Report on vaccination North-West Frontier Province 1904-1922 - 1904-1922
Year: 1904
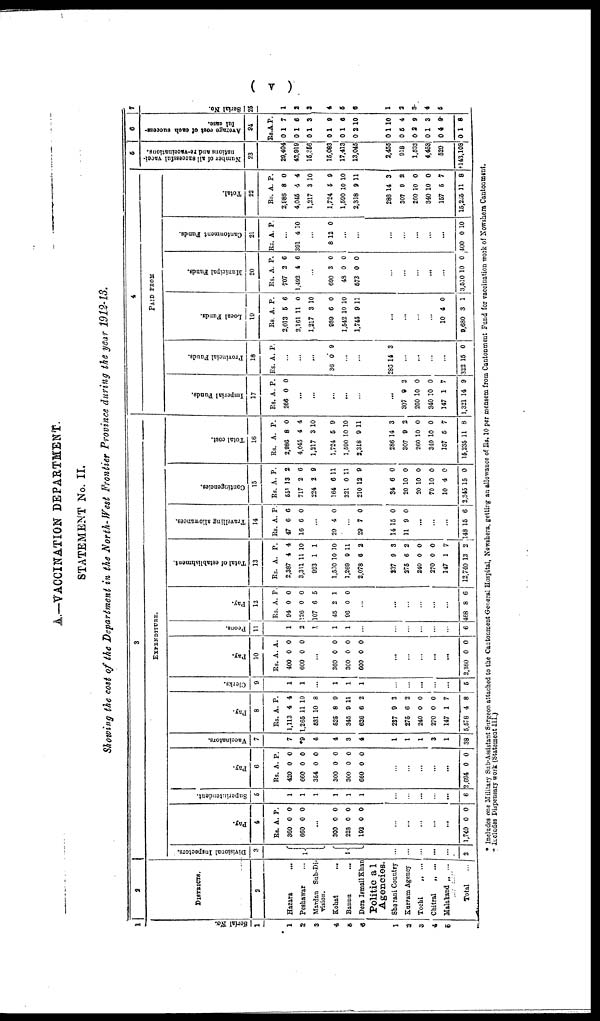
( v )
A.—VACCINATION DEPARTMENT.
STATEMENT No. II.
Showing the cost of the Department in the North-West Frontier Province during the year 1912-13.
1
Serial No.
1
1
2
3
4
5
6
1
3
3
4
5
2
DISTRICTS.
2
Hazara ...
Peshawar ...
Mardan Sub-Di-
vision.
Kohat ...
Bannu
...
Dera Ismail Khan
Political
Agencies.
Sharani Country
Kurram Agency
Tochi
„ ...
Chitral
„ ...
Malakand „ ...
Total ...
3
EXPENDITURE.
Divisional Inspectors.
3
1
1
...
...
...
...
...
2
Pay.
4
Rs.
360
660
A.
0
0
P.
0
0
...
300
228
192
0
0
0
0
0
0
...
...
...
...
...
1,740 0 0
Superintendent.
5
1
1
1
1
1
1
...
...
...
...
...
6
Pay.
6
Rs.
420
660
354
300
300
660
A.
0
0
0
0
0
0
P.
0
0
0
0
0
0
...
...
...
...
...
2,694 0 0
Vaccinators.
7
7
*9
4
4
3
4
1
1
1
3
1
38
Pay.
8
Rs.
1,113
1,265
531
525
345
626
A.
4
11
10
8
9
6
P.
4
10
8
0
11
2
237
275
240
270
147
5,578
9
6
0
0
1
4
3
2
0
0
7
8
Clerks.
9
1
1
...
1
1
1
...
...
...
...
...
5
Pay.
10
Rs.
400
600
A.
0
0
A.
0
0
...
360
300
600
0
0
0
0
0
0
...
...
...
...
...
2,260 0 0
Peons.
11
1
2
1
1
1
...
...
...
...
...
...
6
Pay.
12
Rs
94
126
107
45
96
A
0
0
6
2
0
P.
0
0
5
1
0
...
...
...
...
...
...
468 8 6
Total of establishment.
13
Rs.
2,387
3,311
993
1,530
1,269
2,078
A.
4
11
1
10
9
6
P.
4
10
1
10
11
2
237
275
240
270
147
12,740
0
6
0
0
1
13
3
2
0
0
7
2
Travelling allowances.
14
Rs.
47
16
A
6
6
P.
6
0
...
29 4 0
...
20 7 0
14
11
15
9
0
0
...
...
...
148 15 6
Contingencies.
5
Rs.
551
717
224
164
321
210
A.
13
2
2
6
0
12
P.
2
6
9
11
11
9
34
20
20
70
10
2,345
6
10
10
10
4
15
0
0
0
0
0
0
Total cost.
16
Rs.
2,986
4,045
1,217
1,724
1,590
2,318
A.
8
4
3
5
10
9
P.
0
4
10
9
10
11
286
307
260
340
157
15,235
14
9
10
10
5
11
3
2
0
0
7
8
4
PAID FROM
Imperial Funds.
17
Rs.
266
A.
0
P.
0
...
...
...
...
...
...
307
260
340
147
1,321
9
10
10
1
14
2
0
0
7
9
Provincial Funds.
18
Rs. A. P.
...
...
...
36 0 9
...
...
286 14 3
...
...
...
...
322 15 0
Local Funds.
19
Rs.
2,013
2,161
1,217
980
1,542
1,745
A.
5
11
3
6
10
9
P.
6
0
10
0
10
11
...
...
...
...
10
9,680
4
3
0
1
Municipal Funds.
20
Rs.
707
1,402
A.
2
4
P.
6
6
...
690
48
573
3
0
0
0
0
0
...
...
...
...
...
3,510 10 0
Cantonment Funds.
21
Rs A P.
...
301 4 10
...
8 12 0
...
...
...
...
...
...
...
400 0 10
Total.
22
Rs.
2,986
4,045
1,217
1,724
1,590
2,318
A.
8
4
3
5
10
9
P.
0
4
10
9
10
11
286
307
260
340
157
15,235
4
9
0
10
5
1
3
2
0
0
7
8
5
Number of all successful vacci-
nations and re-vaccinations.
23
29,404
42,919
15,356
15,083
17,413
13,045
2,455
918
1,533
4,453
520
†143,108
6
Average
cost of each success-
ful case.
24
Rs
0
0
0
0
0
0
A
1
1
1
1
1
2
P.
7
6
3
9
0
10
0
0
0
0
0
0
1
5
2
1
4
1
10
4
9
3
9
8
7
Serial No.
25
1
2
3
4
5
6
1
2
3
4
6
* Includes one Military Sub-Assistant Surgeon attached to the Cantonment General Hospital, Nowshera, getting an allowance of Rs. 10 per mensem from Cantonment Fund for vaccination work of Nowshera Cantonment.
† Includes Dispensary work (Statement III.)